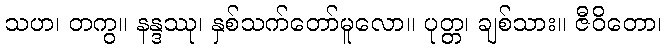
သဟ၊ တကွ။ နန္ဒဿု၊ နှစ်သက်တော်မူလော။ ပုတ္တ၊ ချစ်သား။ ဇီဝိတော၊